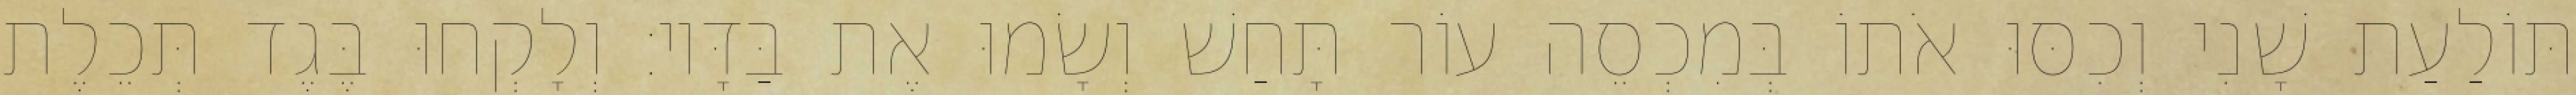
תּוֹלַעַת שָׁנִי וְכִסּוּ אֹתוֹ בְּמִכְסֵה עוֹר תָּחַשׁ וְשָׂמוּ אֶת בַּדָּיו׃ וְלָקְחוּ בֶּגֶד תְּכֵלֶת